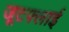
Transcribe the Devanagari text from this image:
जूटफ्लाई